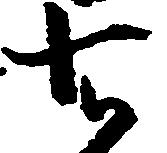
知